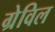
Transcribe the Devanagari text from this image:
ग्रेविल